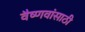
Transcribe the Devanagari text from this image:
वैष्णवांसाठी